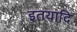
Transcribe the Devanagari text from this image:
इतयादि